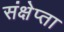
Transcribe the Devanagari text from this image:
संक्षेप्ता